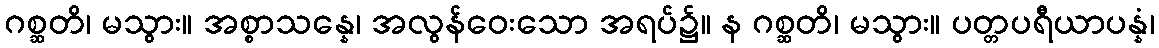
ဂစ္ဆတိ၊ မသွား။ အစ္စာသန္နေ၊ အလွန်ဝေးသော အရပ်၌။ န ဂစ္ဆတိ၊ မသွား။ ပတ္တပရီယာပန္နံ၊